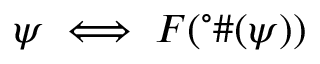
\psi \iff F ( ^ { \circ } \# ( \psi ) )